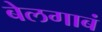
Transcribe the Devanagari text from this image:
बेलगाबं